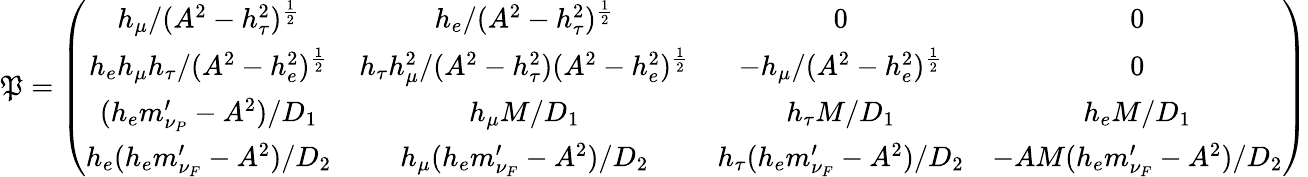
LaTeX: \mathfrak{P}=\left(\begin{array}{cccc}{{h_{\mu}/(A^{2}-h_{\tau}^{2})^{\frac{1}{2}}}}&{{h_{e}/(A^{2}-h_{\tau}^{2})^{\frac{1}{2}}}}&{{0}}&{{0}}\\ {{h_{e}h_{\mu}h_{\tau}/(A^{2}-h_{e}^{2})^{\frac{1}{2}}}}&{{h_{\tau}h_{\mu}^{2}/(A^{2}-h_{\tau}^{2})(A^{2}-h_{e}^{2})^{\frac{1}{2}}}}&{{-h_{\mu}/(A^{2}-h_{e}^{2})^{\frac{1}{2}}}}&{{0}}\\ {{(h_{e}m_{\nu_{P}}^{\prime}-A^{2})/D_{1}}}&{{h_{\mu}M/D_{1}}}&{{h_{\tau}M/D_{1}}}&{{h_{e}M/D_{1}}}\\ {{h_{e}(h_{e}m_{\nu_{F}}^{\prime}-A^{2})/D_{2}}}&{{h_{\mu}(h_{e}m_{\nu_{F}}^{\prime}-A^{2})/D_{2}}}&{{h_{\tau}(h_{e}m_{\nu_{F}}^{\prime}-A^{2})/D_{2}}}&{{-AM(h_{e}m_{\nu_{F}}^{\prime}-A^{2})/D_{2}}}\end{array}\right)